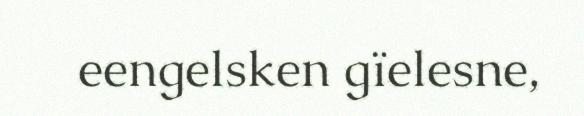
eengelsken gïelesne,